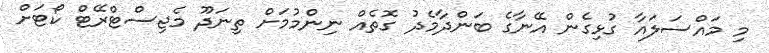
މި މައްސަލައާ ގުޅިގެން އޭނާގެ ބަންދާމެދު ގޮތެއް ނިންމުމަށް ތިނަދޫ މެޖިސްޓްރޭޓް ކޯޓަށް